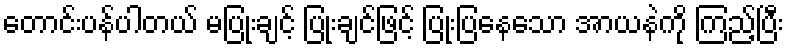
တောင်းပန်ပါတယ် မပြုံးချင့် ပြုံးချင်ဖြင့် ပြုံးပြနေသော အာယနဲကို ကြည့်ပြီး